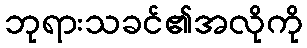
ဘုရားသခင်၏အလိုကို